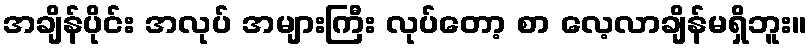
အချိန်ပိုင်း အလုပ် အများကြီး လုပ်တော့ စာ လေ့လာချိန်မရှိဘူး။